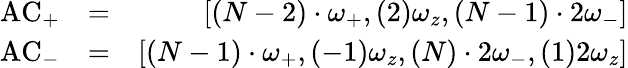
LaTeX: \begin{array}{rlr}{\mathrm{AC}_{+}}&{=}&{\left[(N-2)\cdot\omega_{+},(2)\omega_{z},(N-1)\cdot 2\omega_{-}\right]}\\ {\mathrm{AC}_{-}}&{=}&{\left[(N-1)\cdot\omega_{+},(-1)\omega_{z},(N)\cdot 2\omega_{-},(1)2\omega_{z}\right]}\end{array}